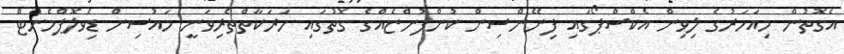
އެގޮތުން މިއަހަރުގެ ލިވިން އެކްސްޕޯގައި ފިނޭންސިން ކުންފުންޏެއްގެ ގޮތުގައި ހަރަކާތްތެރިވަނީ ހައުސިން ޑިވެލޮޕްމެންޓް